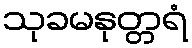
သုခမနုတ္တရံ